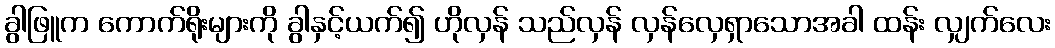
ခွါဖြူက ကောက်ရိုးများကို ခွါနှင့်ယက်၍ ဟိုလှန် သည်လှန် လှန်လှေရှာသောအခါ ထန်း လျှက်လေး